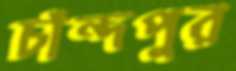
চাঁন্দপুর